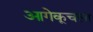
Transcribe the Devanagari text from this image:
आगेकूचला